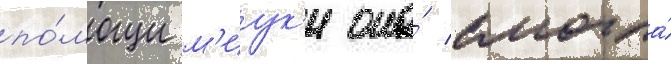
по́мощи м'иук'и она́ смогла́